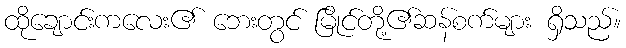
ထိုချောင်းကလေး၏ ဘေးတွင် မြိုင်တို့၏ဆန်စက်များ ရှိသည်။